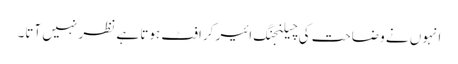
انہوں نے وضاحت کی چیلنجنگ ائیر کرافٹ ہوتا ہے نظر نہیں آتا۔